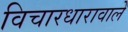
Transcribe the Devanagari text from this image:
विचारधारावाले